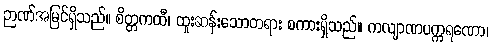
ဉာဏ်အမြင်ရှိသည်။ စိတ္တကထီ၊ ထူးဆန်းသောတရား စကားရှိသည်။ ကလျာဏပက္ကရဏော၊